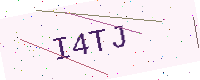
Text: I4TJ